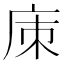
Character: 㢀